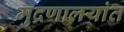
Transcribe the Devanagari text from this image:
मुद्रणालयांत